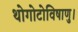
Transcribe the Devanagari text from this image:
थोगोटोविषाणु।